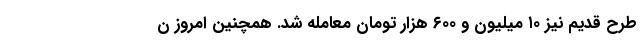
طرح قدیم نیز ۱۰ میلیون و ۶۰۰ هزار تومان معامله شد. همچنین امروز ن